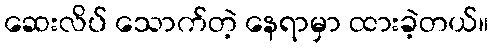
ဆေးလိပ် သောက်တဲ့ နေရာမှာ ထားခဲ့တယ်။